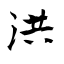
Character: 洪